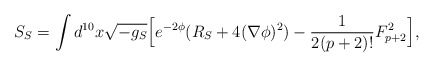
\begin{align*}S_S = \int d^{10} x \sqrt{-g_S} \Big[ e^{-2\phi}( R_S + 4 (\nabla \phi)^2) - { 1 \over 2(p+2)!} F^2_{p+2} \Big],\end{align*}